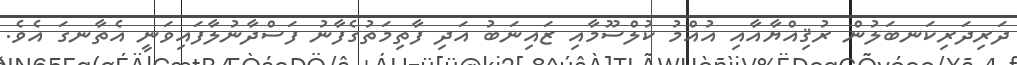
ދަރިދަރިކަނބަލުން ރުޤިއްޔާއާއި އުއްމު ކުލްސޫމާއި ޒައިނަބު އަދި ފާތިމަތުގެފާނު ފަސްދާނުލާފައިވަނީ އެތާނގަ އެވެ.